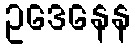
ဥဒေနေန